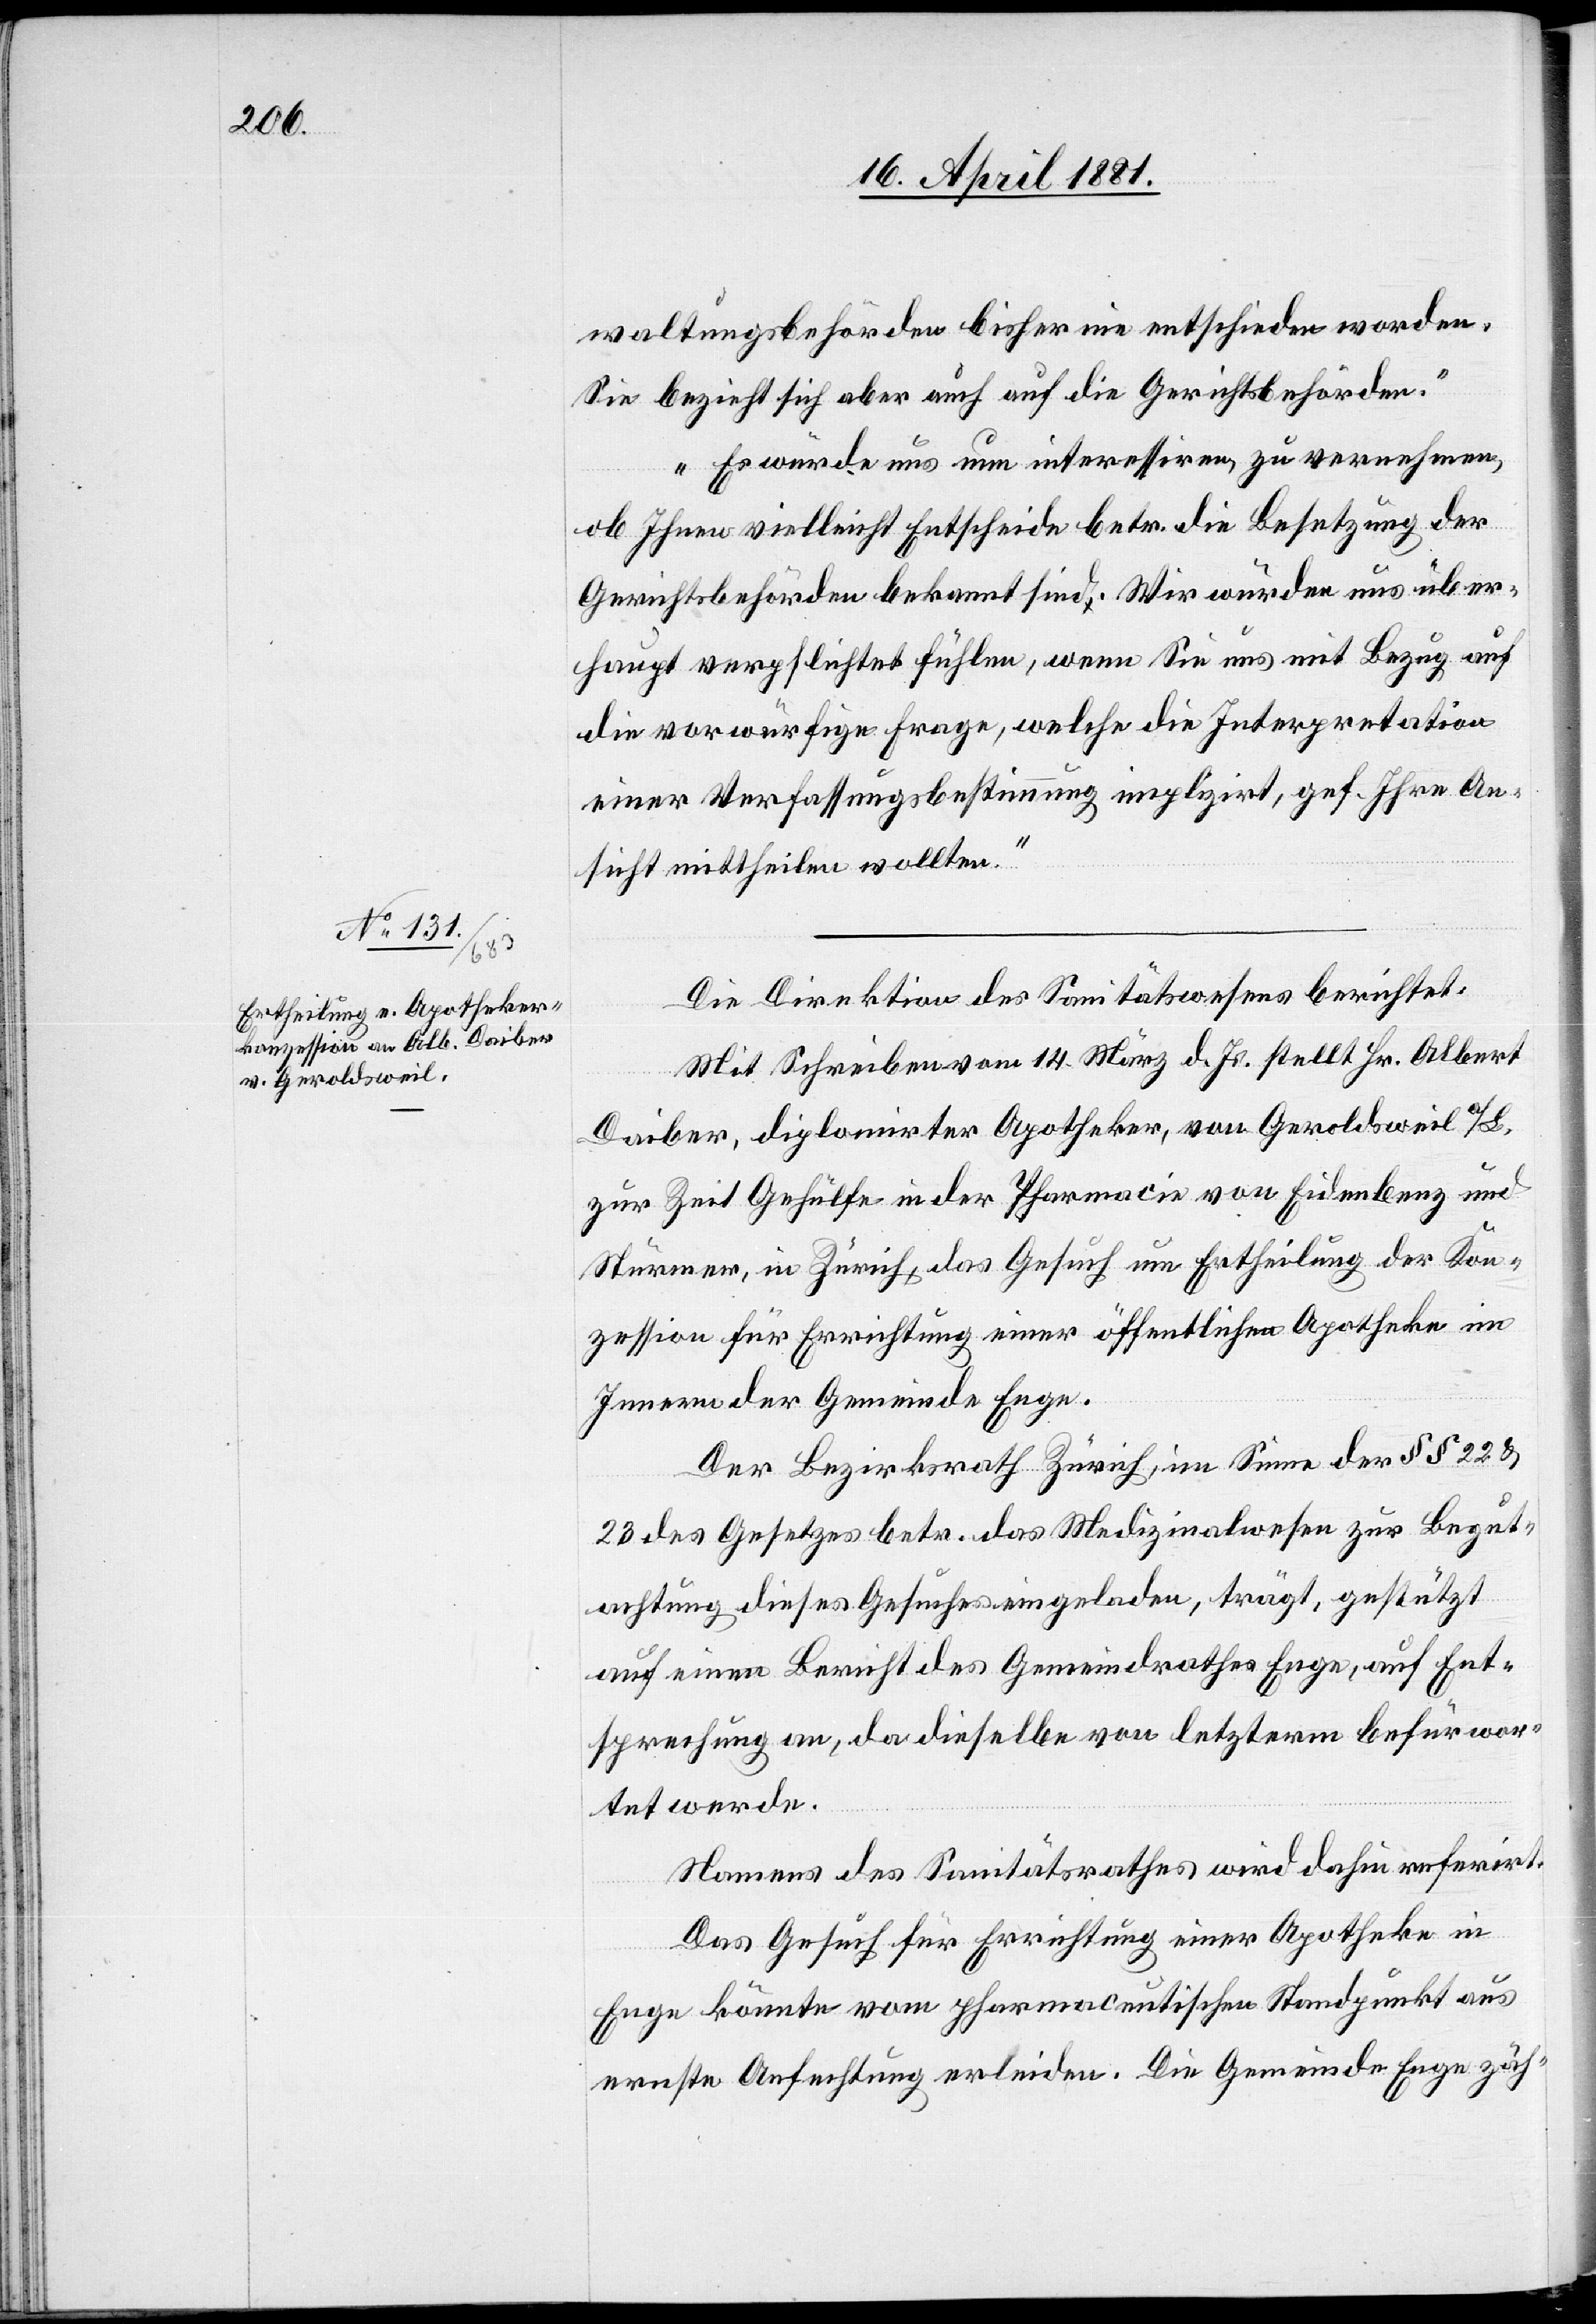
waltungsbehörden bisher nie entschieden worden.
Sie bezieht sich aber auch auf die Gerichtsbehörden.
Es würde uns nun interessiren, zu vernehmen,
ob Ihnen vielleicht Entscheide betr. die Besetzung der
Gerichtsbehörden bekannt sind. Wir würden uns über¬
haupt verpflichtet fühlen, wenn Sie uns mit Bezug auf
die vorwürfige Frage, welche die Interpretation
einer Verfassungsbestimmung implizirt, gef. Ihre An¬
sicht mittheilen wollten.“
Die Direktion des Sanitätswesens berichtet:
Mit Schreiben vom 14. März d. Js. stellt Hr. Albert
Daiber, diplomirter Apotheker, von Geroldsweil a/L,
zur Zeit Gehülfe in der Pharmacie von Eidenbenz und
Sturmer, in Zürich, das Gesuch um Ertheilung der Kon¬
zession für Errichtung einer öffentlichen Apotheke im
Innern der Gemeinde Enge.
Der Bezirksrath Zürich, im Sinne des §§ 22 &
23 des Gesetzes betr. das Medizinalwesen zur Begut¬
achtung dieses Gesuches eingeladen, trägt, gestützt
auf einen Bericht des Gemeindrathes Enge, auf Ent¬
sprechung an, da dieselbe von letzterm befürwor¬
tet werde.
Namens des Sanitätsrathes wird dahin referirt:
Das Gesuch für Errichtung einer Apotheke in
Enge könnte vom pharmaceutischen Standpunkt aus
ernste Anfechtung erleiden. Die Gemeinde Enge zäh-